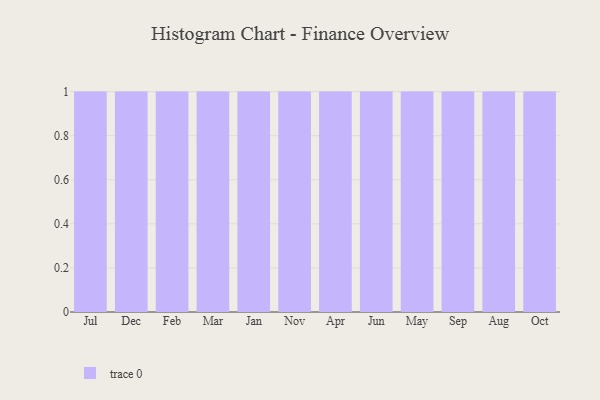
{"axis": {"x": "Month", "y": "Churn Rate (%)"}, "legend": [""], "data": [{"x": "Jul", "y": 23, "type": ""}, {"x": "Dec", "y": 73, "type": ""}, {"x": "Feb", "y": 20, "type": ""}, {"x": "Mar", "y": 55, "type": ""}, {"x": "Jan", "y": 4, "type": ""}, {"x": "Nov", "y": 44, "type": ""}, {"x": "Apr", "y": 11, "type": ""}, {"x": "Jun", "y": 52, "type": ""}, {"x": "May", "y": 94, "type": ""}, {"x": "Sep", "y": 56, "type": ""}, {"x": "Aug", "y": 41, "type": ""}, {"x": "Oct", "y": 85, "type": ""}]}